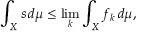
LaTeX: \int _ { X } s \, d \mu \leq \operatorname* { l i m } _ { k } \int _ { X } f _ { k } \, d \mu ,